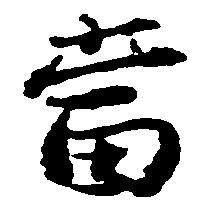
当